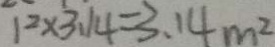
1 ^ { 2 } \times 3 . 1 4 = 3 . 1 4 m ^ { 2 }